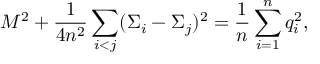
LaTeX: M ^ { 2 } + { \frac { 1 } { 4 n ^ { 2 } } } \sum _ { i < j } ( \Sigma _ { i } - \Sigma _ { j } ) ^ { 2 } = { \frac { 1 } { n } } \sum _ { i = 1 } ^ { n } q _ { i } ^ { 2 } ,